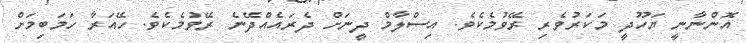
އޮންނާނީ ޔަހޫދީ މަކަރުވެރި ރޭވުމެކެވެ. އިސްލާމް ދީނަށް ދެރައެއްދޭނެ ރޭވުމެކެވެ. ހޭއަރާ ހަމަބިމަށް